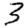
Digit: 3